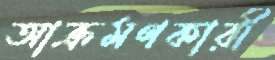
আক্রমণকারী